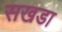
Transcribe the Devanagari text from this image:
सखडा